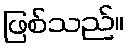
ဖြစ်သည်။